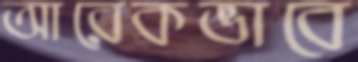
আরেকভাবে